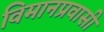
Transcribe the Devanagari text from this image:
विमानप्रवासी